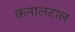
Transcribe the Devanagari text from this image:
कनालटाल